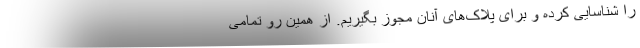
را شناسایی کرده و برای پلاک‌های آنان مجوز بگیریم. از همین رو تمامی